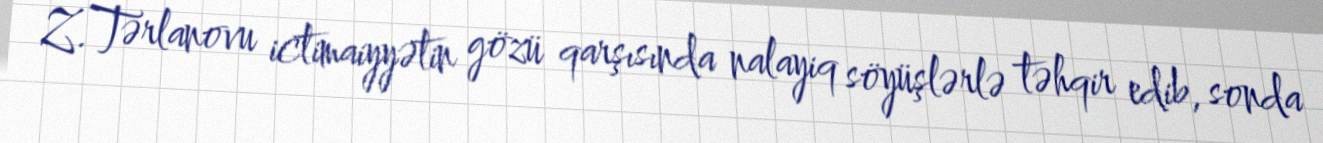
Z.Tərlanovu ictimaiyyətin gözü qarşısında nalayiq söyüşlərlə təhqir edib, sonda